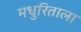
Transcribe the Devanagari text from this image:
मधुरिताला